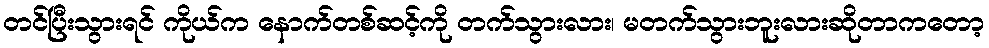
တင်ပြီးသွားရင် ကိုယ်က နောက်တစ်ဆင့်ကို တက်သွားလား၊ မတက်သွားဘူးလားဆိုတာကတော့